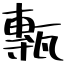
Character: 甎